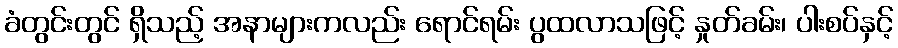
ခံတွင်းတွင် ရှိသည့် အနာများကလည်း ရောင်ရမ်း ပွထလာသဖြင့် နှုတ်ခမ်း၊ ပါးစပ်နှင့်